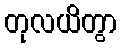
တုလယိတွာ